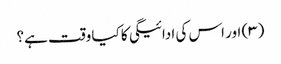
(۳) اور اس کی ادائیگی کا کیا وقت ہے؟